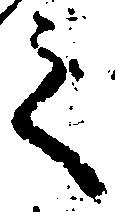
之